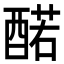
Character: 䤀